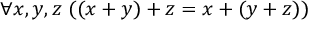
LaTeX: \forall x , y , z \ ( ( x + y ) + z = x + ( y + z ) )